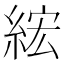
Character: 綋